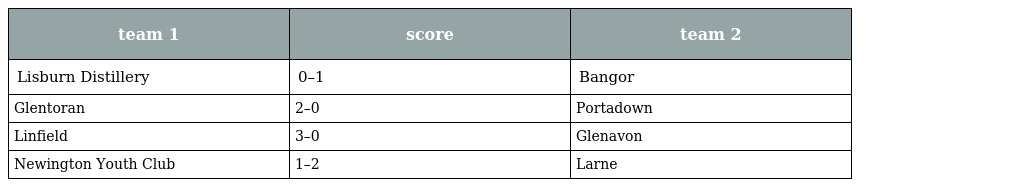
| team 1 | score | team 2 |
 | --- | --- | --- |
 | Lisburn Distillery | 0–1 | Bangor |
 | Glentoran | 2–0 | Portadown |
 | Linfield | 3–0 | Glenavon |
 | Newington Youth Club | 1–2 | Larne |